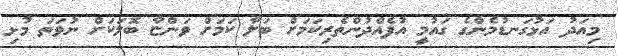
މިއަދު އަޅުގަނޑުމެންގެ ގައުމީ އުފެއްދުންތެރިކަމަށް ބަލާ ކަމަށް ވަންޏާ ބޮލަކަށް ނުވަތަ މުޅި